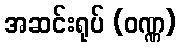
အဆင်းရုပ် (ဝဏ္ဏ)